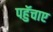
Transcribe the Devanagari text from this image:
पहुॅचाए